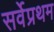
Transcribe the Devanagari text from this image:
सर्वेप्रथम